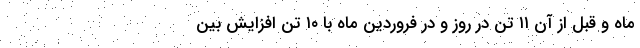
ماه و قبل از آن ۱۱ تن در روز و در فروردین ماه با ۱۰ تن افزایش بین